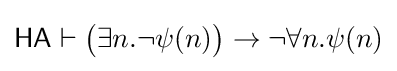
{\mathsf {HA}}\vdash {\big (}\exists n.\neg \psi (n){\big )}\to \neg \forall n.\psi (n)